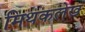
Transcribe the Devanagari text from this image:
मिथकलेख